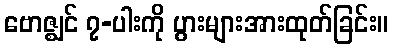
ဗောဇ္ဈင် ၇-ပါးကို ပွားများအားထုတ်ခြင်း။